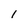
Character: 1